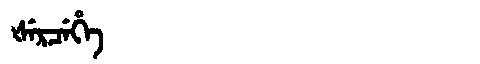
Manchu: ᡧᡝᡵᠴᡝᡥᡝ
Romanization: ŠERCEHE